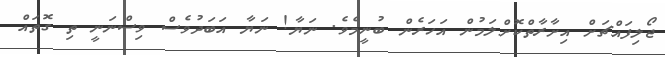
ޖޯލިފައްޗަށް އިށާރާތްކޮށްލަމުން އަހަރެން ބުނީމެވެ. ނަޔާ! ނަޔާ އަބަދުވެސް ވިސްނަނީ ތި ގޮތައް